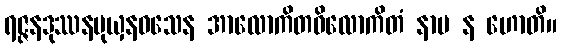
ရဇ္ဇနဒုဿနမုယှနဝသေန အာလောကိတဝိလောကိတံ နာမ န ဟောတိ။